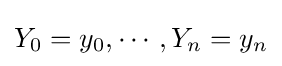
Y_{0}=y_{0},\cdots ,Y_{n}=y_{n}